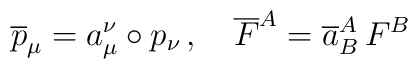
\overline{p}_{\mu}=a^{\nu}_{\mu}\circ p_{\nu}\,,\quad\overline{F}^{A}=\overline{a}^{A}_{B}\,F^{B}